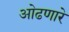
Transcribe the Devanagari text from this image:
ओढणारे